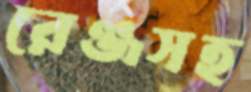
রেঞ্জসহ